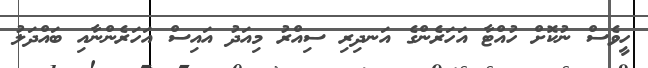
ހީވެސް ނުކޮށް ހުއްޓާ އަހަރެންގެ އަނދިރި ސިއްރު މިއަދު އައިސް އަހަރެންނާއި ބައްދަލު